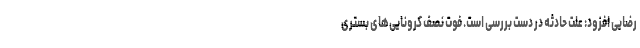
رضایی افزود: علت حادثه در دست بررسی است. فوت نصف کرونایی‌های بستری